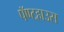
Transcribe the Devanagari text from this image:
पॅण्टहाउस